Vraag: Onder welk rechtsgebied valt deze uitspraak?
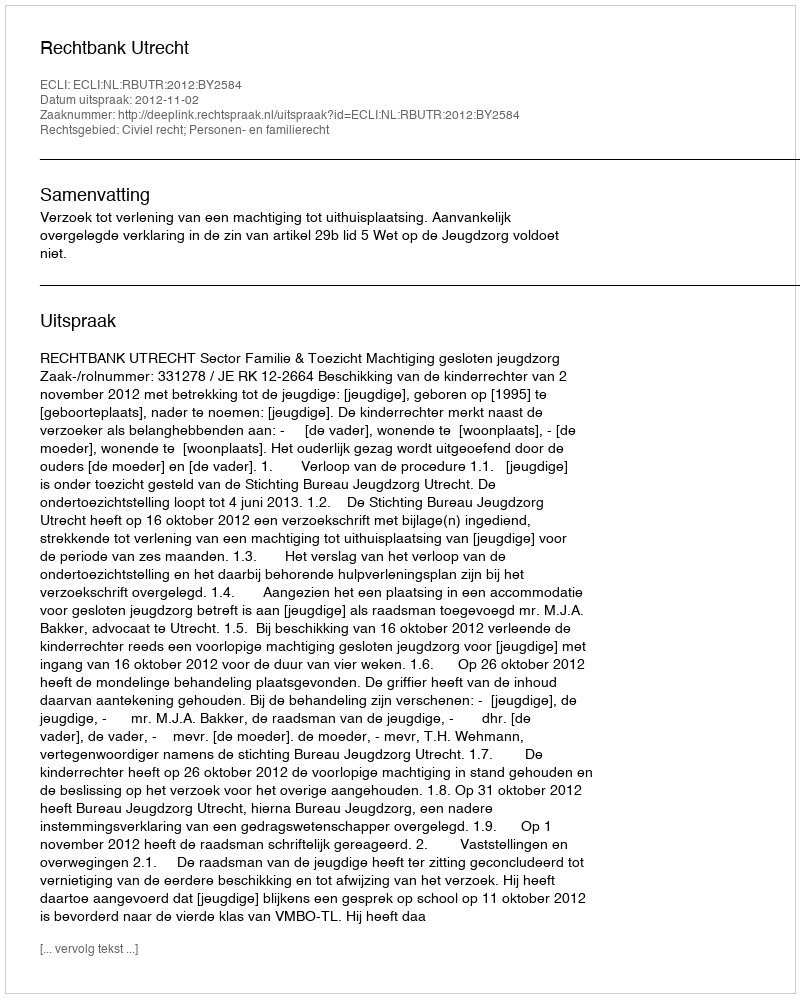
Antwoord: Civiel recht; Personen- en familierecht